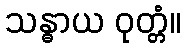
သန္ဓာယ ဝုတ္တံ။